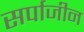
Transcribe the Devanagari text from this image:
सर्पाजीन